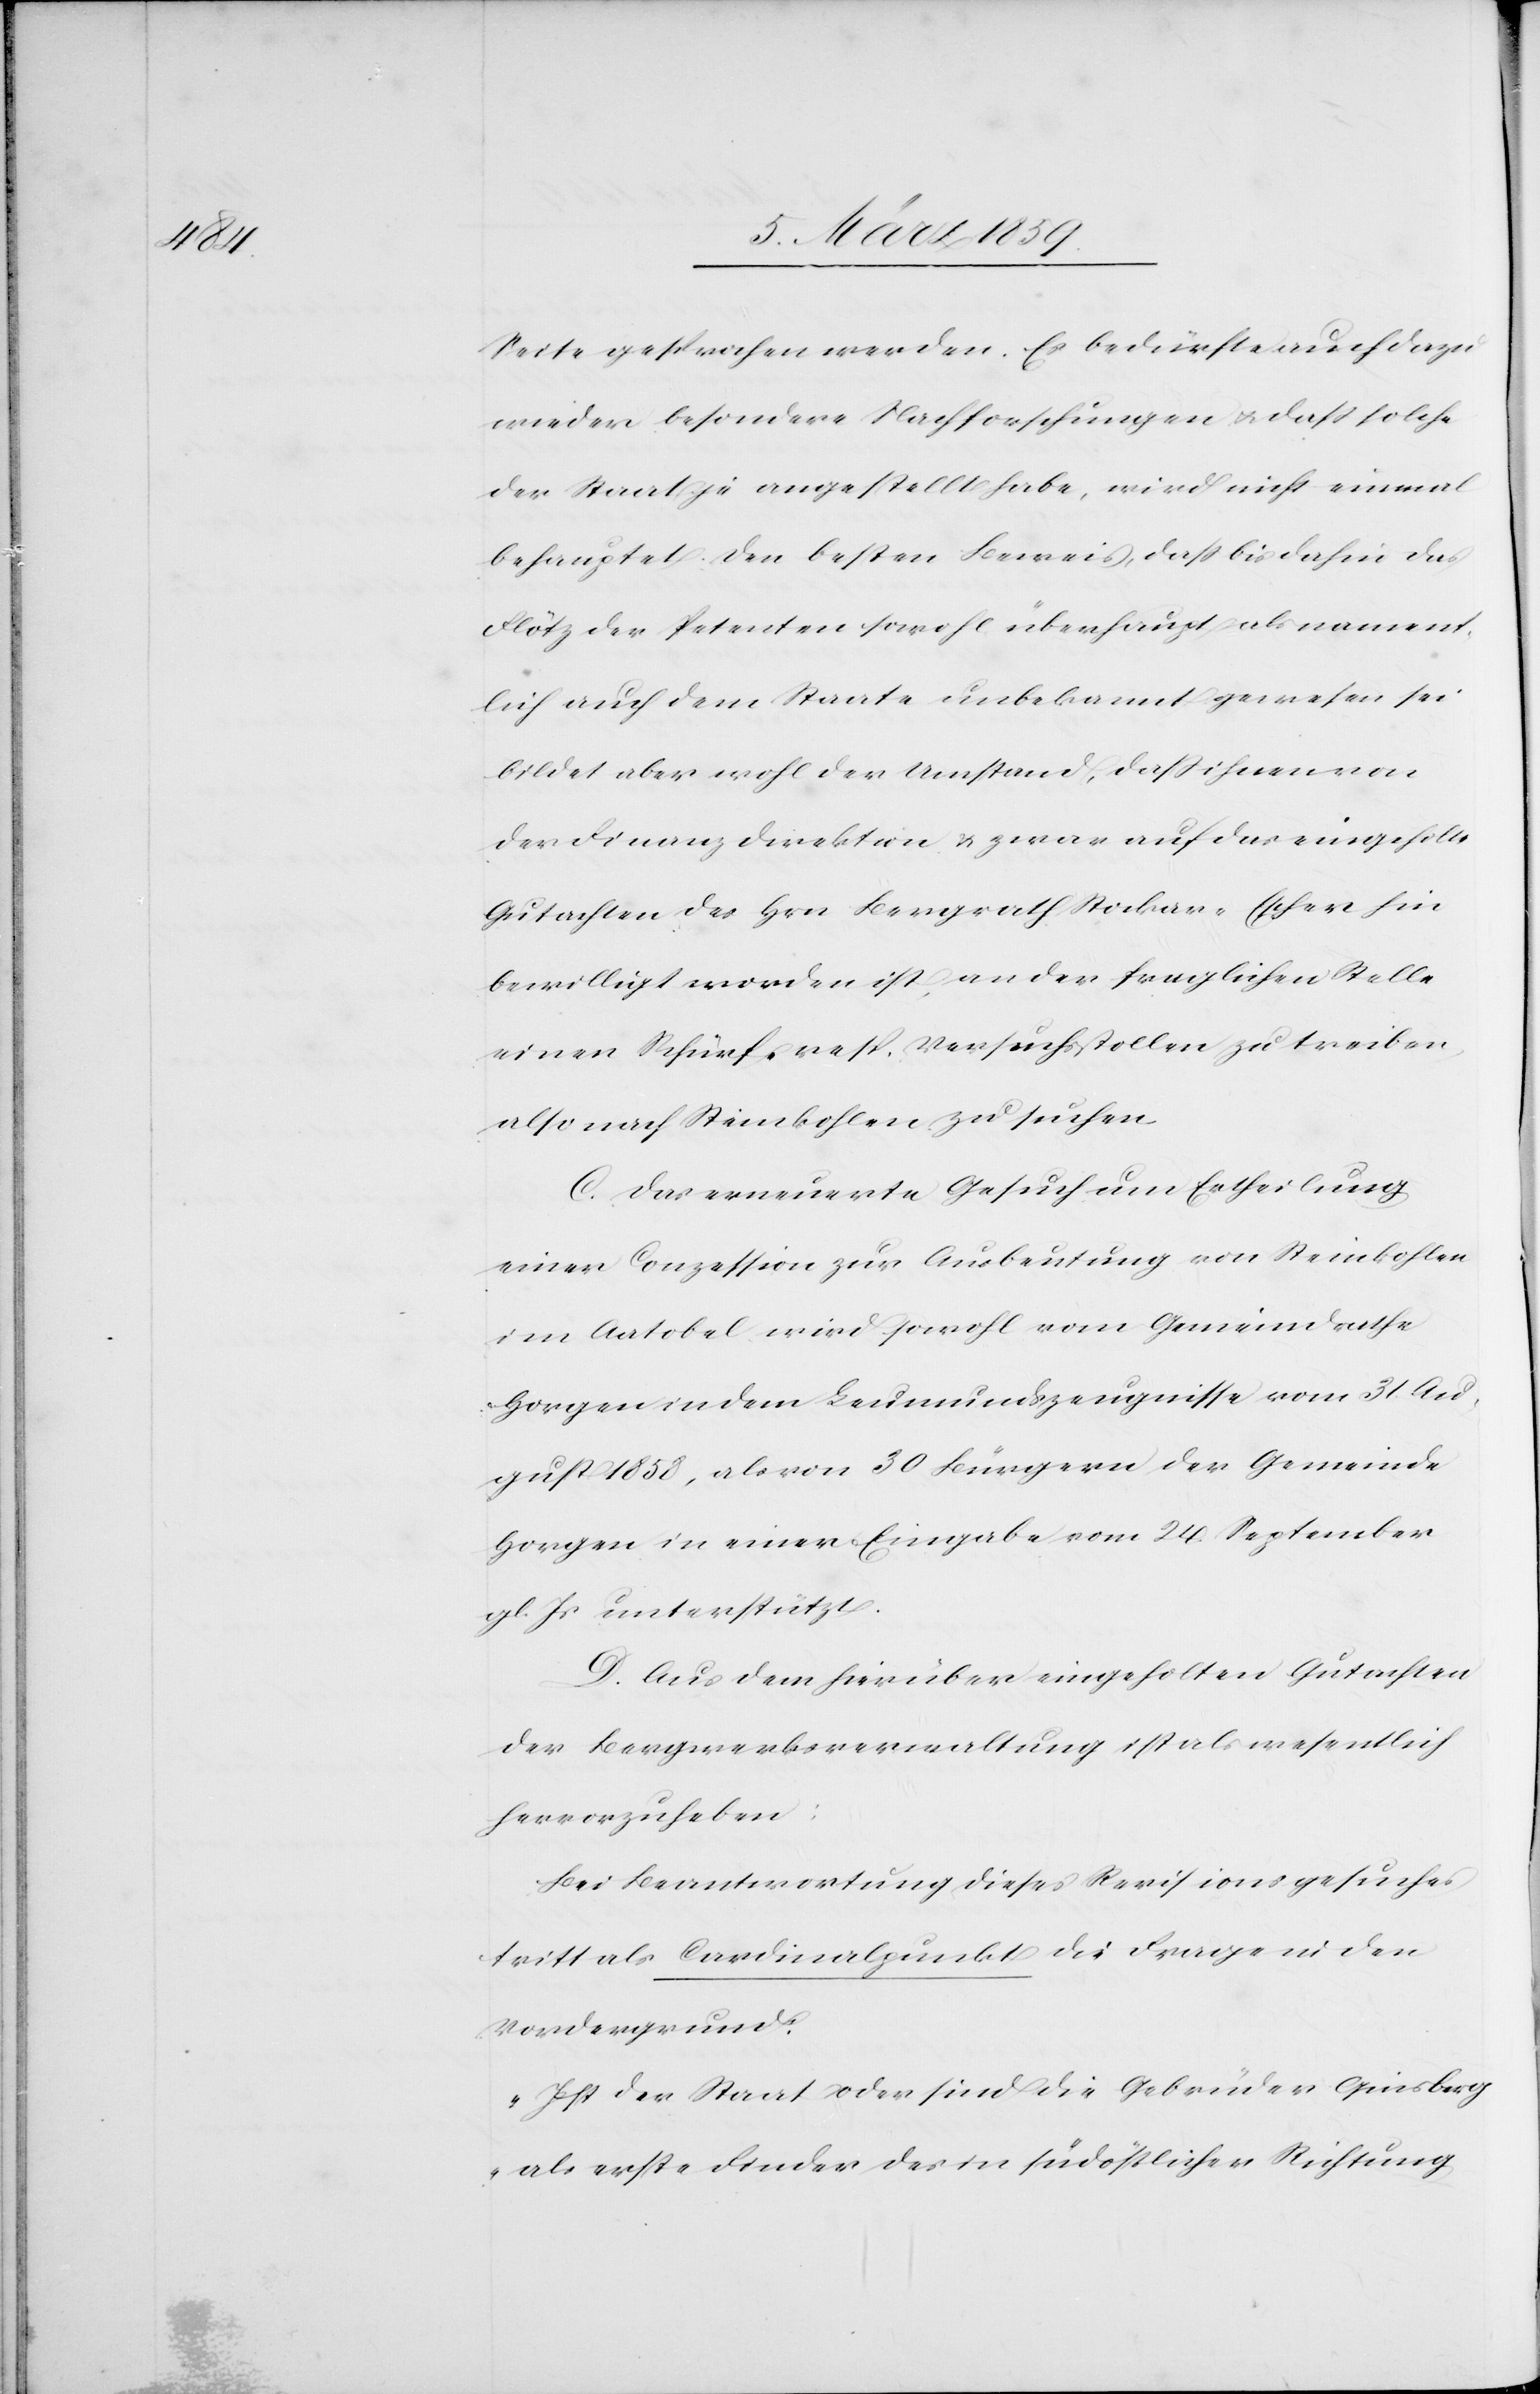
Seite gesprochen werden. Es bedürfte auch dazu
wieder besondere Nachforschungen u. daß solche
der Staat je angestellt habe, wird nicht einmal
behauptet. Den besten Beweis, daß bis dahin das
Flötz der Petenten sowohl überhaupt als nament¬
lich auch dem Staate unbekannt gewesen sei
bildet aber wohl der Umstand, daß ihnen von
der Finanzdirektion & zwar auf das eingeholte
Gutachten des Hrn Bergrath Stocker-Escher hin
bewilligt worden ist, an der fraglichen Stelle
einen Schürf- resp. Versuchsstollen zu treiben,
also nach Steinkohlen zu suchen.
C. Das erneuerte Gesuch um Ertheilung
einer Conzession zur Ausbeutung von Steinkohlen
im Aatobel wird sowohl vom Gemeindrathe
Horgen in dem Leumundszeugnisse vom 31. Au¬
gust 1858, als von 30 Bürgern der Gemeinde
Horgen in einer Eingabe vom 24. September
gl. Js unterstützt.
D. Aus dem hierüber eingeholten Gutachten
der Bergwerksverwaltung ist als wesentlich
hervorzuheben:
Bei Beantwortung dieses Revisionsgesuches
tritt als Cardinalpunkt die Frage in den
Vordergrund:
„Ist der Staat oder sind die Gebrüder Ginsberg
als erste Finder des in südöstlicher Richtung